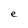
Character: e